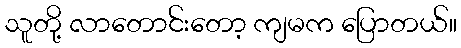
သူတို့ လာတောင်းတော့ ကျမက ပြောတယ်။